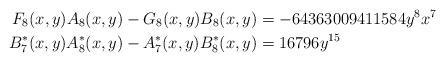
LaTeX: \begin{align*}F_8(x,y) A_8(x,y) - G_8(x,y)B_8(x,y) &= -64363009411584 y^8x^7 \\B_7^*(x,y) A_8^*(x,y) - A_7^*(x,y)B_8^*(x,y)&= 16796 y^{15}\end{align*}